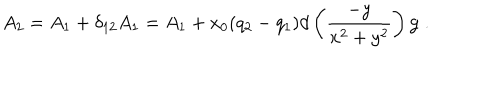
A _ { 2 } = A _ { 1 } + \delta _ { 1 2 } A _ { 1 } = A _ { 1 } + x _ { 0 } ( q _ { 2 } - q _ { 1 } ) d \left( \frac { - y } { x ^ { 2 } + y ^ { 2 } } \right) \mathbf { g } ~ .